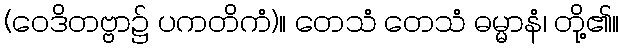
(ဝေဒိတဗ္ဗာ၌ ပကတိကံ)။ တေသံ တေသံ ဓမ္မာနံ၊ တို့၏။